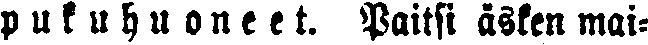
pukuhuoneet. Paitsi äsken mai-